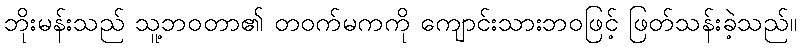
ဘိုးမန်းသည် သူ့ဘဝတာ၏ တဝက်မကကို ကျောင်းသားဘဝဖြင့် ဖြတ်သန်းခဲ့သည်။